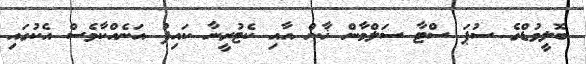
ބޮލީވުޑްގެ ސުޕަ ސްޓާ ސަލްމާން ޚާން އާއި ކެޓުރީނާ ކައިފު އަނެއްކާވެސް އެކުގައި